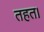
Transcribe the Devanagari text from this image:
तहत।